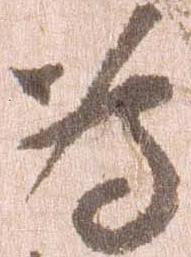
為